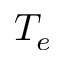
T _ { e }